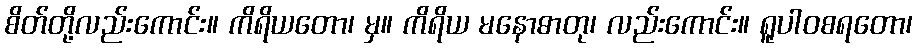
စိတ်တို့လည်းကောင်း။ ကိရိယတော၊ မှ။ ကိရိယ မနောဓာတု၊ လည်းကောင်း။ ရူပါဝစရတော၊